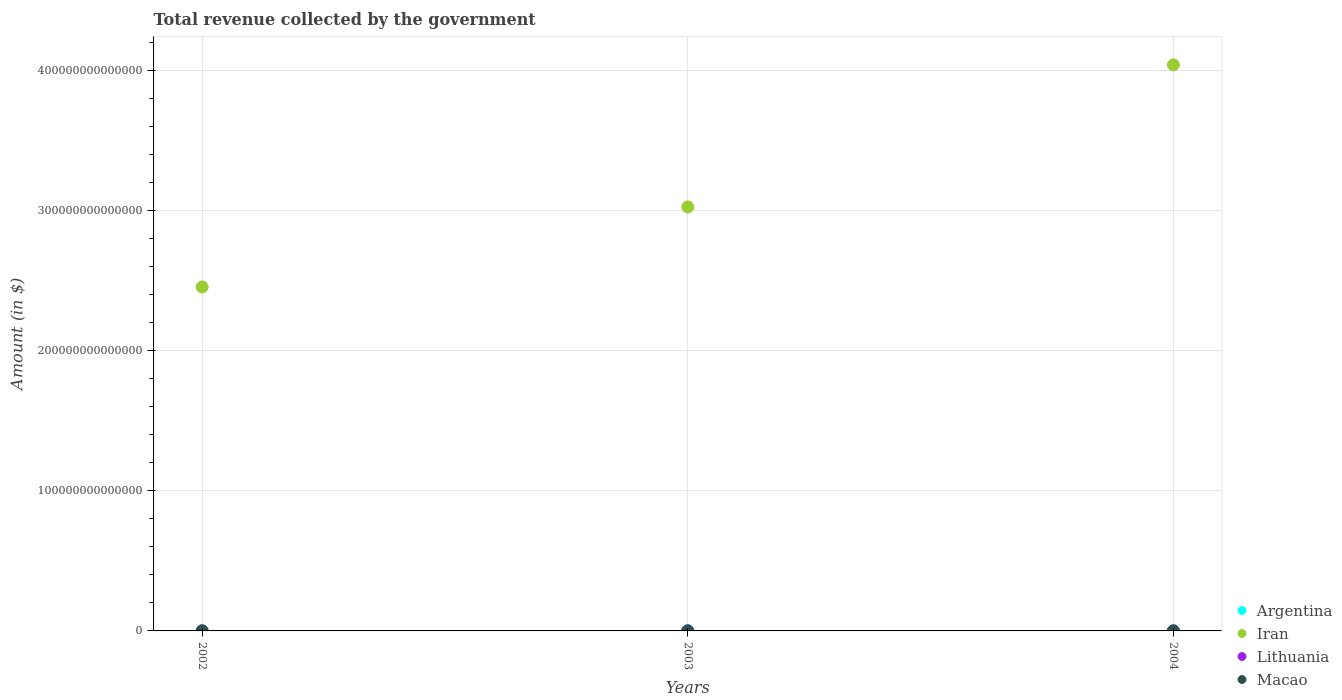
| Years | Argentina | Iran | Lithuania | Macao |
 | --- | --- | --- | --- | --- |
 | 2002 | 4.39e+10 | 2.46e+14 | 1.46e+10 | 1.19e+10 |
 | 2003 | 6.47e+10 | 3.03e+14 | 1.57e+10 | 1.53e+10 |
 | 2004 | 8.12e+10 | 4.04e+14 | 1.74e+10 | 2.02e+10 |